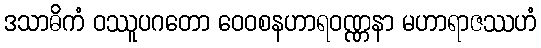
ဒသာဓိကံ ဝဿူပဂတော ဝေဝစနဟာရဝဏ္ဏနာ မဟာရာဇဿဟံ